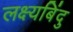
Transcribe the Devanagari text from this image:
लक्ष्यबिंदु